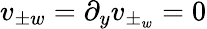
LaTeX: v_{\pm w}=\partial_{y}v_{\pm_{w}}=0